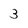
Character: 3